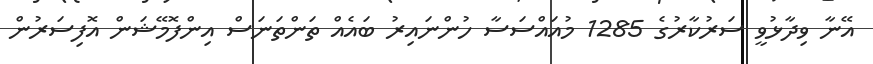
އޭނާ ވިދާޅުވީ ސަރުކާރުގެ 1285 މުއައްސަސާ ހުންނައިރު ބައެއް ތަންތަނަސް އިންފޮމޭޝަން އޮފިސަރުން